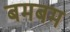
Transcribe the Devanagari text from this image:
बमबम